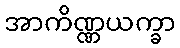
အာကိဏ္ဏယက္ခာ